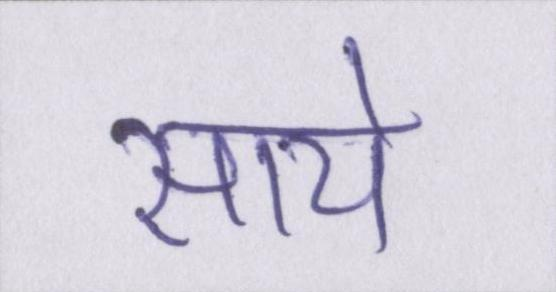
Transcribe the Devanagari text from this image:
साये